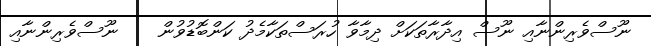
ނޫސްވެރިންނާއި ނޫސް އިދާރާތަކަށް ދިމާވާ ހުރަސްތަކާމެދު ކަންބޮޑުވުން    ނޫސްވެރިންނާއި